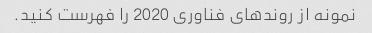
نمونه از روندهای فناوری 2020 را فهرست کنید.